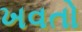
ખવતો